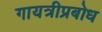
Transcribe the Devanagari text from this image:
गायत्रीप्रबोध